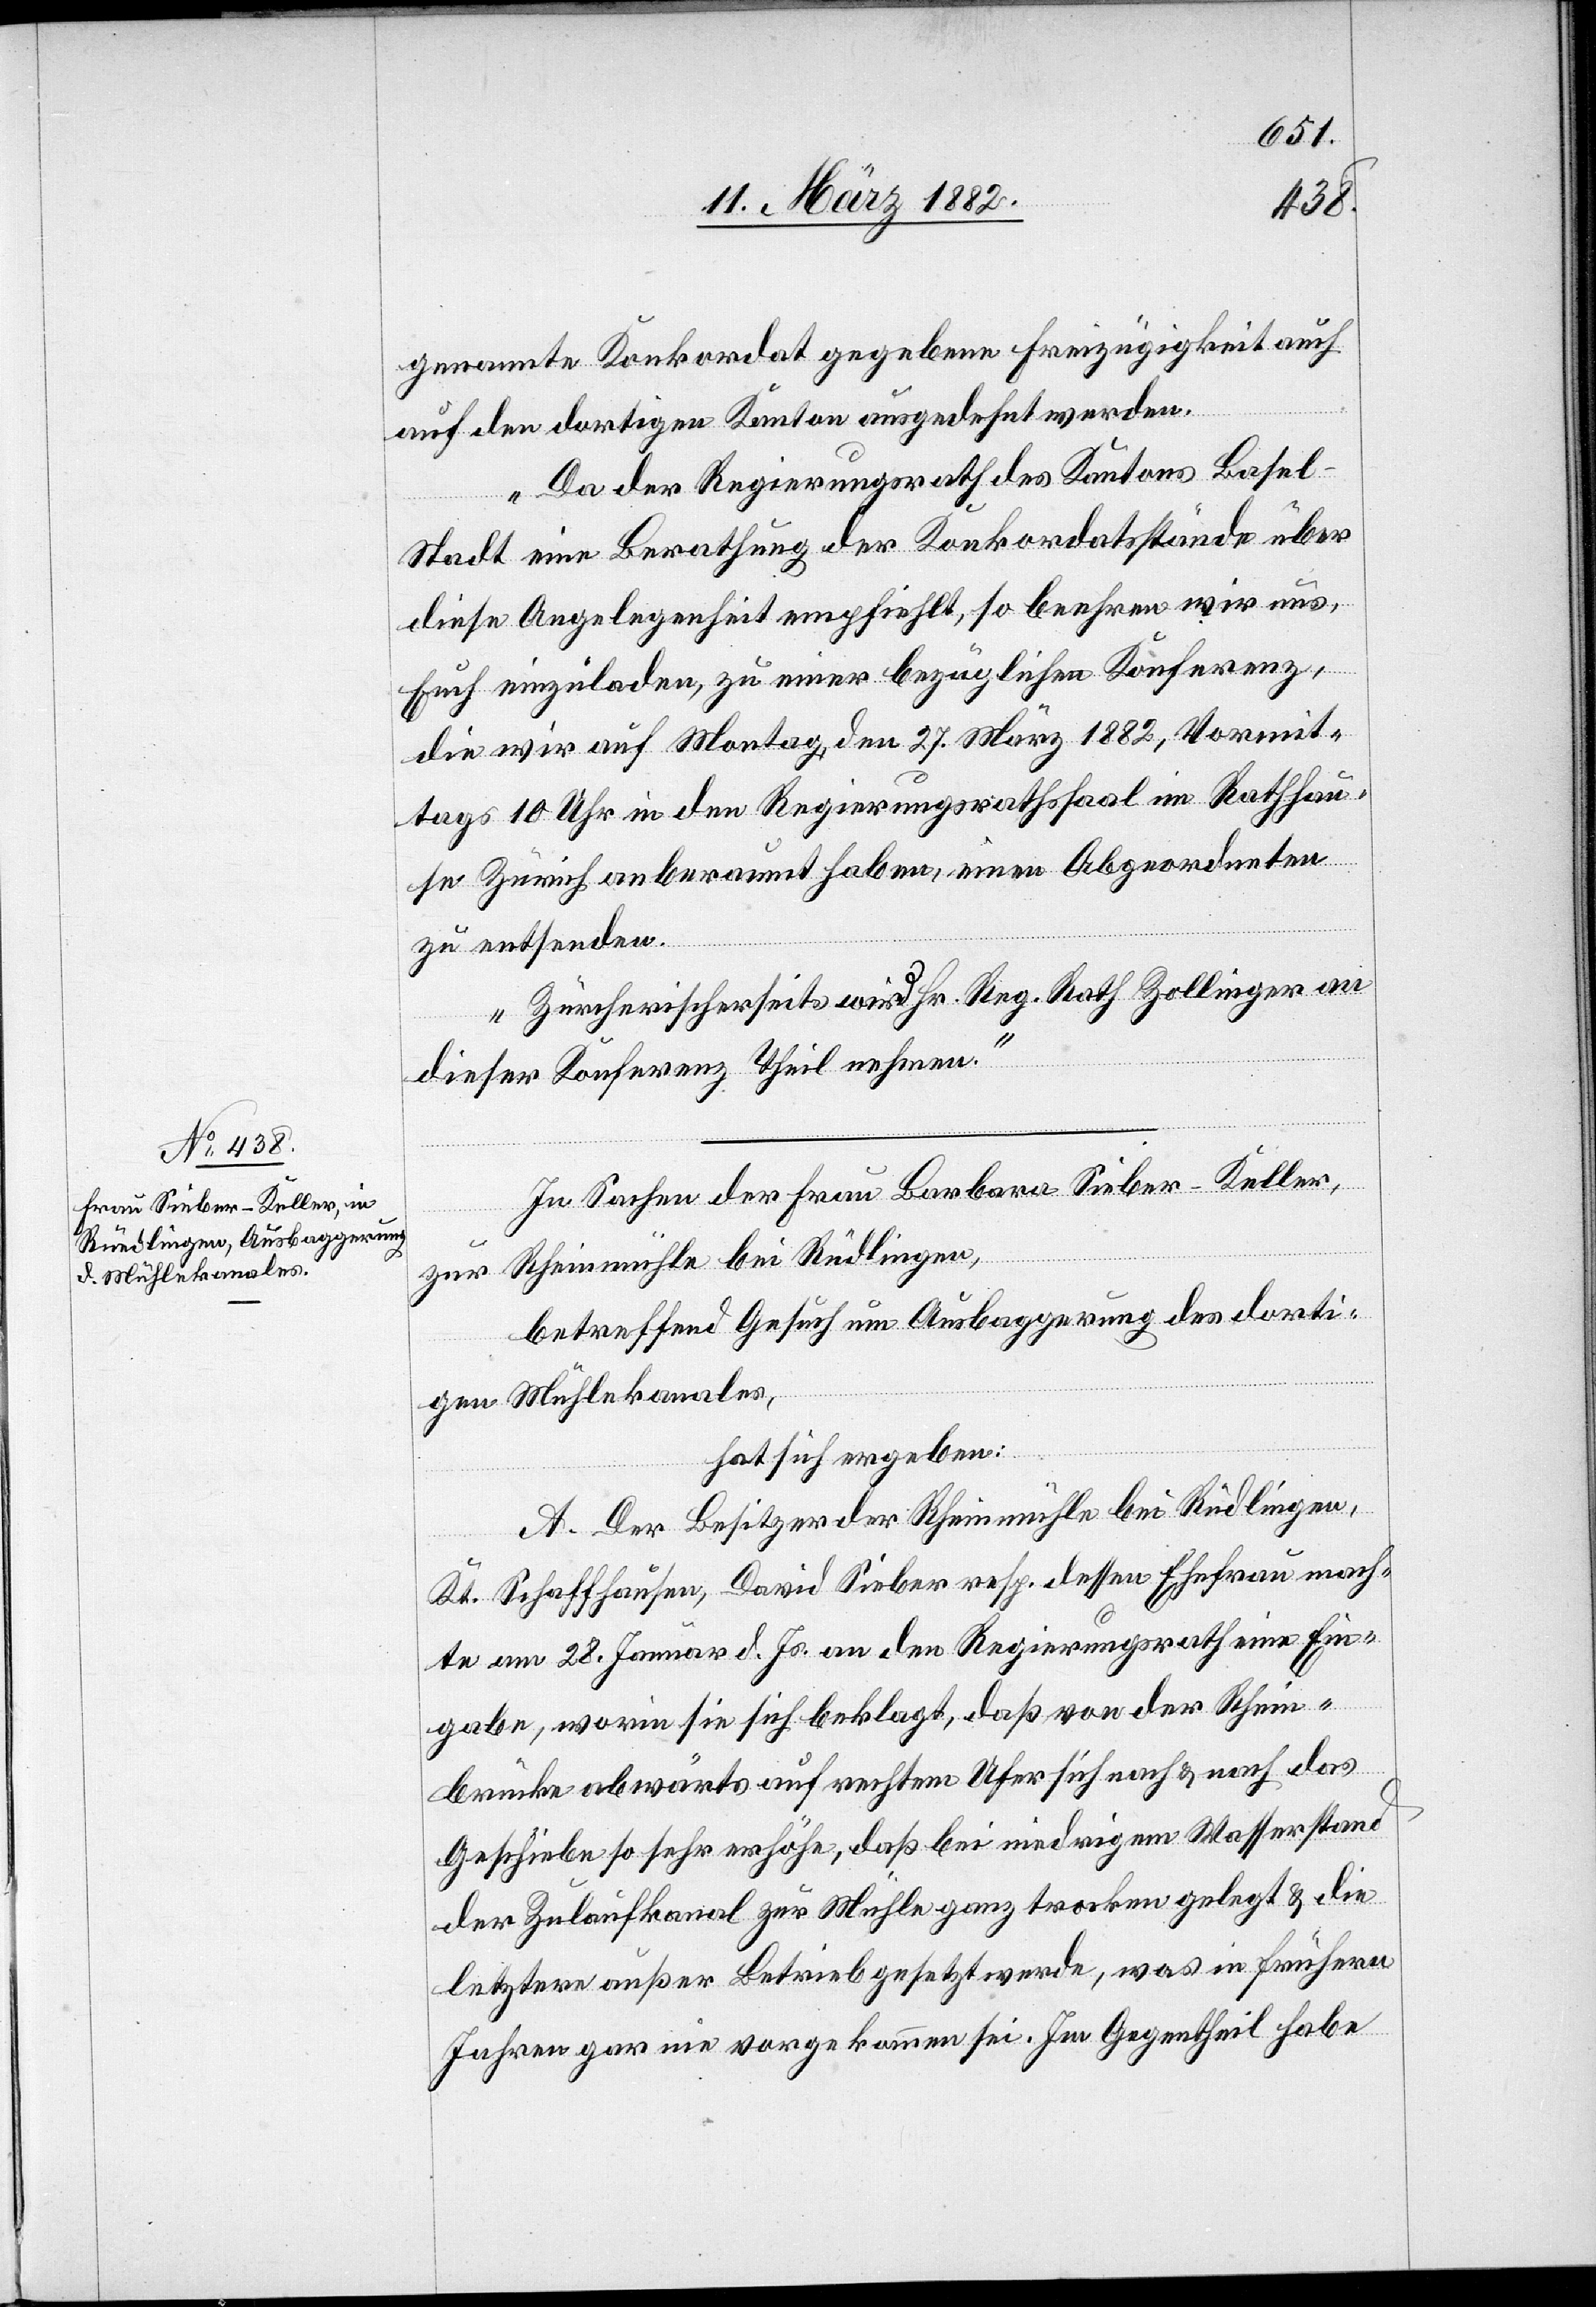
genannte Konkordat gegebene Freizügigkeit auch
auf den dortigen Kanton ausgedehnt werden.
Da der Regierungsrath des Kantons Basel-S¬
tadt eine Berathung der Konkordatsstände über
diese Angelegenheit empfiehlt, so beehren wir uns,
Euch einzuladen, zu einer bezüglichen Konferenz,
die wir auf Montag, den 27. März 1882, Vormit¬
tags 10 Uhr in den Regierungsrathssaal im Rathhau¬
se Zürich anberaumt haben, einen Abgeordneten
zu entsenden.
Zürcherischerseits wird Hr. Reg. Rath Zollinger an
dieser Konferenz Theil nehmen.“
In Sachen der Frau Barbara Sieber-Keller,
zur Rheinmühle bei Rüdlingen,
betreffend Gesuch um Ausbaggerung des dorti¬
gen Mühlekanales,
hat sich ergeben:
A. Der Besitzer der Rheinmühle bei Rüdlingen,
Kt. Schaffhausen, David Sieber resp. dessen Ehefrau mach¬
ten am 28. Januar d. Js. an den Regierungsrath eine Ein¬
gabe worin sie sich beklagt, daß bei niedrigem
der Zulaufkanal zur Mühle ganz trocken gelegt & die
letztere außer Betrieb gesetzt werde, was in frühern
Jahren gar nie vorgekommen sei. Im Gegentheil habe